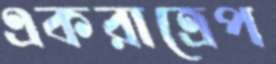
একরাত্রেপ